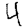
Digit: 4